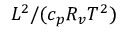
L ^ { 2 } / ( c _ { p } R _ { v } T ^ { 2 } )